Madras plague regulations in force outside the Presidency town - Volume 3
Disease focus: Plague
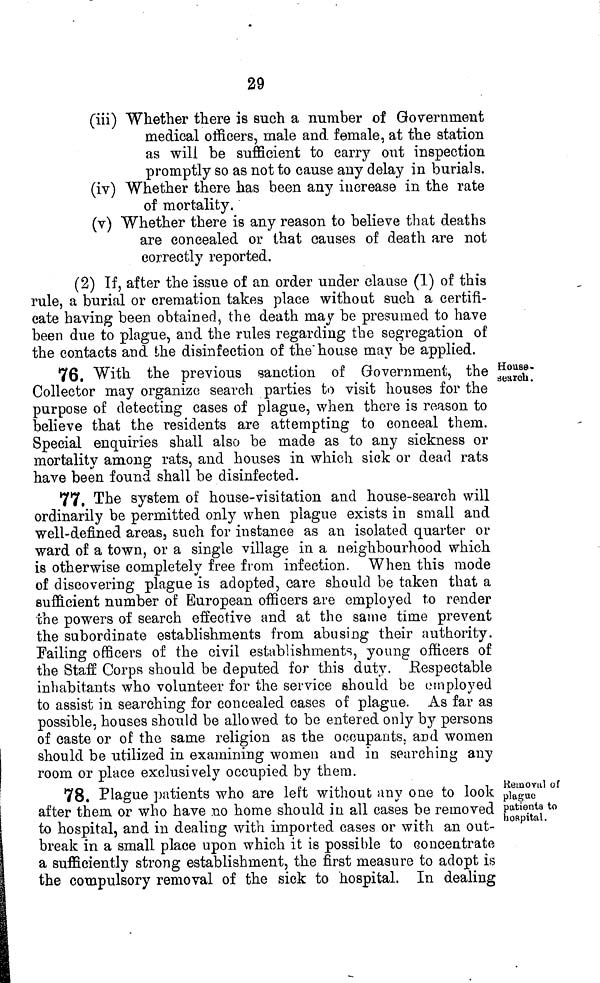
29
(iii) Whether there is such a number of Government
medical officers, male and female, at the station
as will be sufficient to carry out inspection
promptly so as not to cause any delay in burials.
(iv) "Whether there has been any increase in the rate
of mortality.
(v) Whether there is any reason to believe that deaths
are concealed or that causes of death are not
correctly reported.
(2) If, after the issue of an order under clause (1) of this
rule, a burial or cremation takes place without such a certifi-
cate having been obtained, the death may be presumed to have
been due to plague, and the rules regarding the segregation of
the contacts and the disinfection of the" house may be applied.
House
search.
76. With the previous sanction of Government, the
Collector may organize search parties to visit houses for the
purpose of detecting cases of plague, when there is reason to
believe that the residents are attempting to conceal them.
Special enquiries shall also be made as to any sickness or
mortality among rats, and houses in which sick or dead rats
have been found shall be disinfected.
77. The system of house-visitation and house-search will
ordinarily be permitted only when plague exists in small and
well-defined areas } such for instance as an isolated quarter or
ward of a town, or a single village in a neighbourhood which
is otherwise completely free from infection. When this mode
of discovering plague is adopted, care should be taken that a
sufficient number of European officers are employed to render
the powers of search effective and at the same time prevent
the subordinate establishments from abusing their authority.
Failing officers of the civil establishments, young officers of
the Staff Corps should be deputed for this duty. Respectable
inhabitants who volunteer for the service should be employed
to assist in searching for concealed cases of plague. As far as
possible, houses should be allowed to be entered only by persons
of caste or of the same religion as the occupants, and women
should be utilized in examining women and in searching any
room or place exclusively occupied by them.
Removal of
plague
patients to
hospital.
78. Plague patients who are left without anv one to look
after them or who have no home should in all cases be removed
to hospital, and in dealing with imported cases or with an out-
break in a small place upon which it is possible to concentrate
a sufficiently strong establishment, the first measure to adopt is
the compulsory removal of the sick to hospital. In dealing